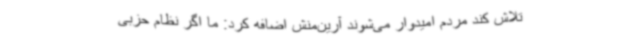
تلاش کند مردم امیدوار می‌شوند آرین‌منش اضافه کرد: ما اگر نظام حزبی